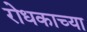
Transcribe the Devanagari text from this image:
रोधकाच्या